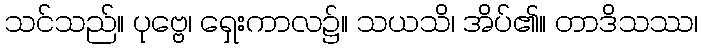
သင်သည်။ ပုဗ္ဗေ၊ ရှေးကာလ၌။ သယသိ၊ အိပ်၏။ တာဒိသဿ၊